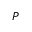
\bar { P }